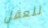
للعقل